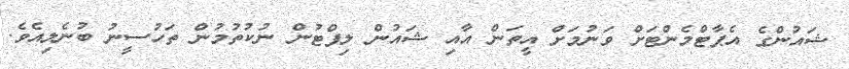
ޝައުންގެ އެޕާޓްމެންޓަށް ވަނުމަށް އީތަން އާއި ޝައުން ލިފްޓުން ނުކުތުމުން ތަހުސީނު ބުނެލިއެވެ.